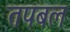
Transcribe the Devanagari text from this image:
तपबल